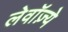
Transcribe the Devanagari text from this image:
लेवॉज़्ये